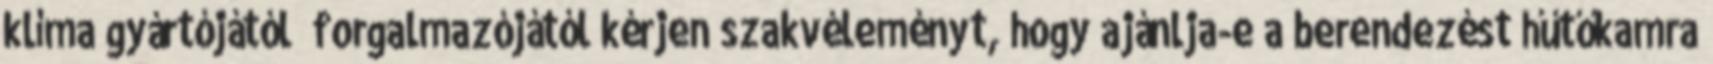
klíma gyártójától forgalmazójától kérjen szakvéleményt, hogy ajánlja-e a berendezést hűtőkamra